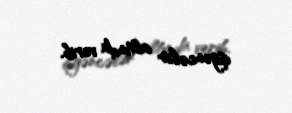
işgəncələr altında verib.